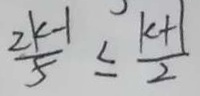
\frac { 2 k - 1 } { 5 } \leq \frac { k + 1 } { 2 }